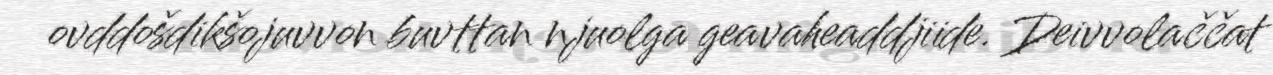
ovddošdikšojuvvon buvttan njuolga geavaheaddjiide. Deivvolaččat